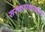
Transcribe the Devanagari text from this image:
सरकारकाळात